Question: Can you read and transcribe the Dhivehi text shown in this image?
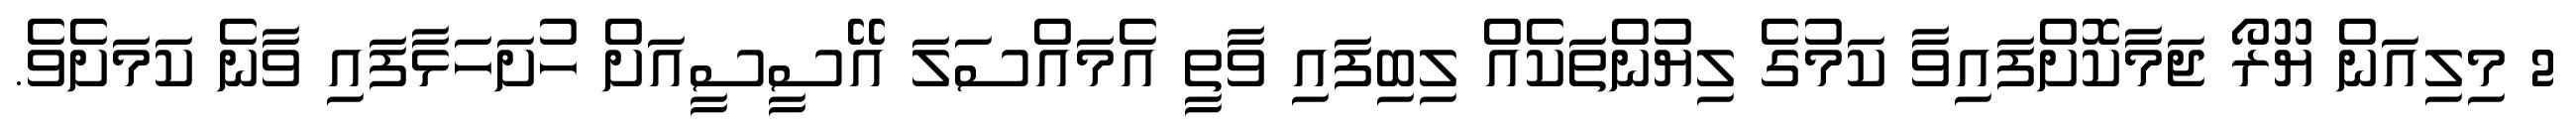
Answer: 2 މިލިއަން ޔޫރޯ ޖަމާކޮށްފައިވާ ކަމުގެ ލިޔުންތަކެއް ލިބިފައި ވާތީ އެމައްސަލަ އޭސީސީއަށް ހުށަހަޅާފައި ވާނެ ކަމަށެވެ.